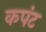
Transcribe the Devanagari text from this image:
कपंट